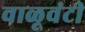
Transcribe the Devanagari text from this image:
वाळूवंटी